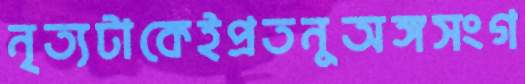
নৃত্যটাকেইপ্রতনুঅঙ্গসংগ